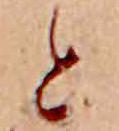
と